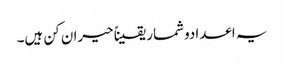
یہ اعدادوشمار یقیناً حیران کن ہیں۔